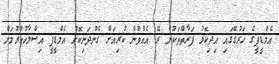
އެމްޑީޕީގެ ހަރުގޭގައި އިދިކޮޅު ފަރާތްތަކުން ރޭ އެއްވުން ކުރިއަށް ގެންދަނިކޮށް އެމްޑީޕީ އިސްލާހުކުރުމަށް